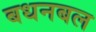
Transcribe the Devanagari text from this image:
बधनबल